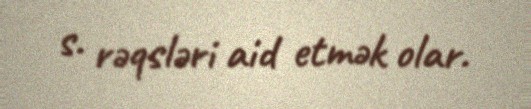
s. rəqsləri aid etmək olar.